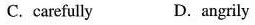
C. carefully D.angrily